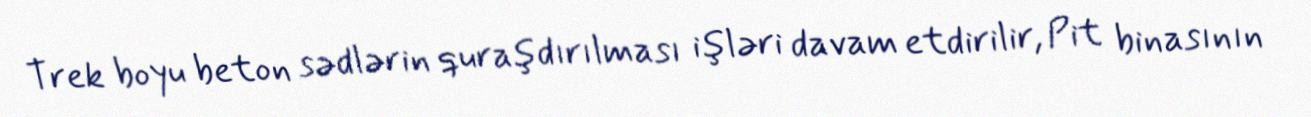
Trek boyu beton sədlərin quraşdırılması işləri davam etdirilir, Pit binasının